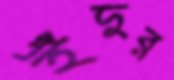
ইঁদুর